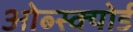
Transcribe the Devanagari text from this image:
ओब्स्क्योर्ड